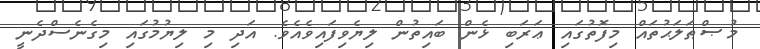
މުޞްޠަލަޙުތައް މިފޮތުގައި ޢަރަބި ޅެން ބައިތުން ލިޔެވިފައިވެއެވެ. އަދި މި ލިޔުމުގައި މިގެނެސްދެނީ